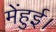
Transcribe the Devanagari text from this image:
मेंहुई।